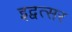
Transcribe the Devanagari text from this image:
इद्वत्सर